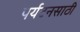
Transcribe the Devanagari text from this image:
पर्यटनसाठी